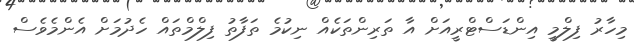
މިހާރު ފިލްމީ އިންޑަސްޓްރީއަށް އާ ތަރިންތަކެއް ނިކުމެ ތަފާތު ފިލްމްތައް ހެދުމަށް އެންމެވެސް